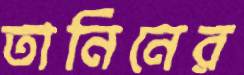
তানিনের